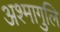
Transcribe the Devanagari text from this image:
अश्मागुलि